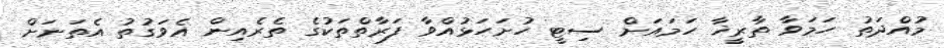
މުއްދަތު ހަމަވާ ތާރީޚާ ހަމައަށް ސިޓީ ހުށަހަޅުއްވާ ފަރާތްތަކުގެ ތެރެއިން އެވަގުތު އެތަނަށް